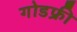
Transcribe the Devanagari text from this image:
गोडफ्री